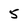
Character: 5